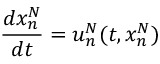
\frac { d x _ { n } ^ { N } } { d t } = u _ { n } ^ { N } ( t , x _ { n } ^ { N } )